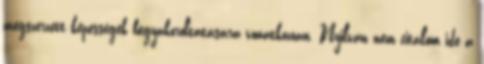
megszerzett képességek begyakoroltatására vonatkozóan. Nyilván nem citálom ide a